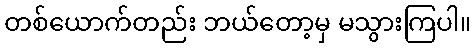
တစ်ယောက်တည်း ဘယ်တော့မှ မသွားကြပါ။